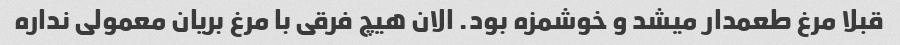
قبلا مرغ طعمدار میشد و خوشمزه بود. الان هیچ فرقی با مرغ بریان معمولی نداره